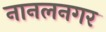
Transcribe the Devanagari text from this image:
नानलनगर